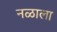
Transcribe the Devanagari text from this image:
नळाला